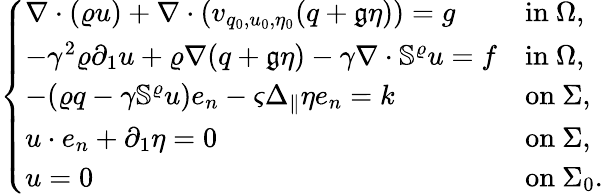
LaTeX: \left\{ \begin{array}{ll}{\nabla\cdot(\varrho u)+\nabla\cdot(v_{q_{0},u_{0},\eta_{0}}(q+\mathfrak{g}\eta))=g}&{\mathrm{in~}\Omega,}\\ {-\gamma^{2}\varrho\partial_{1}u+\varrho\nabla(q+\mathfrak{g}\eta)-\gamma\nabla\cdot\mathbb{S}^{\varrho}u=f}&{\mathrm{in~}\Omega,}\\ {-(\varrho q-\gamma\mathbb{S}^{\varrho}u)e_{n}-\varsigma\Delta_{\| }\eta e_{n}=k}&{\mathrm{on~}\Sigma,}\\ {u\cdot e_{n}+\partial_{1}\eta=0}&{\mathrm{on~}\Sigma,}\\ {u=0}&{\mathrm{on~}\Sigma_{0}.}\end{array}\right.